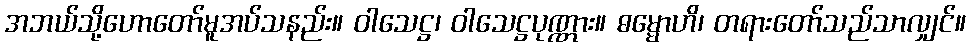
အဘယ်သို့ဟောတော်မူအပ်သနည်း။ ဝါသေဋ္ဌ၊ ဝါသေဋ္ဌပုဏ္ဏား။ ဓမ္မောဟိ၊ တရားတော်သည်သာလျှင်။